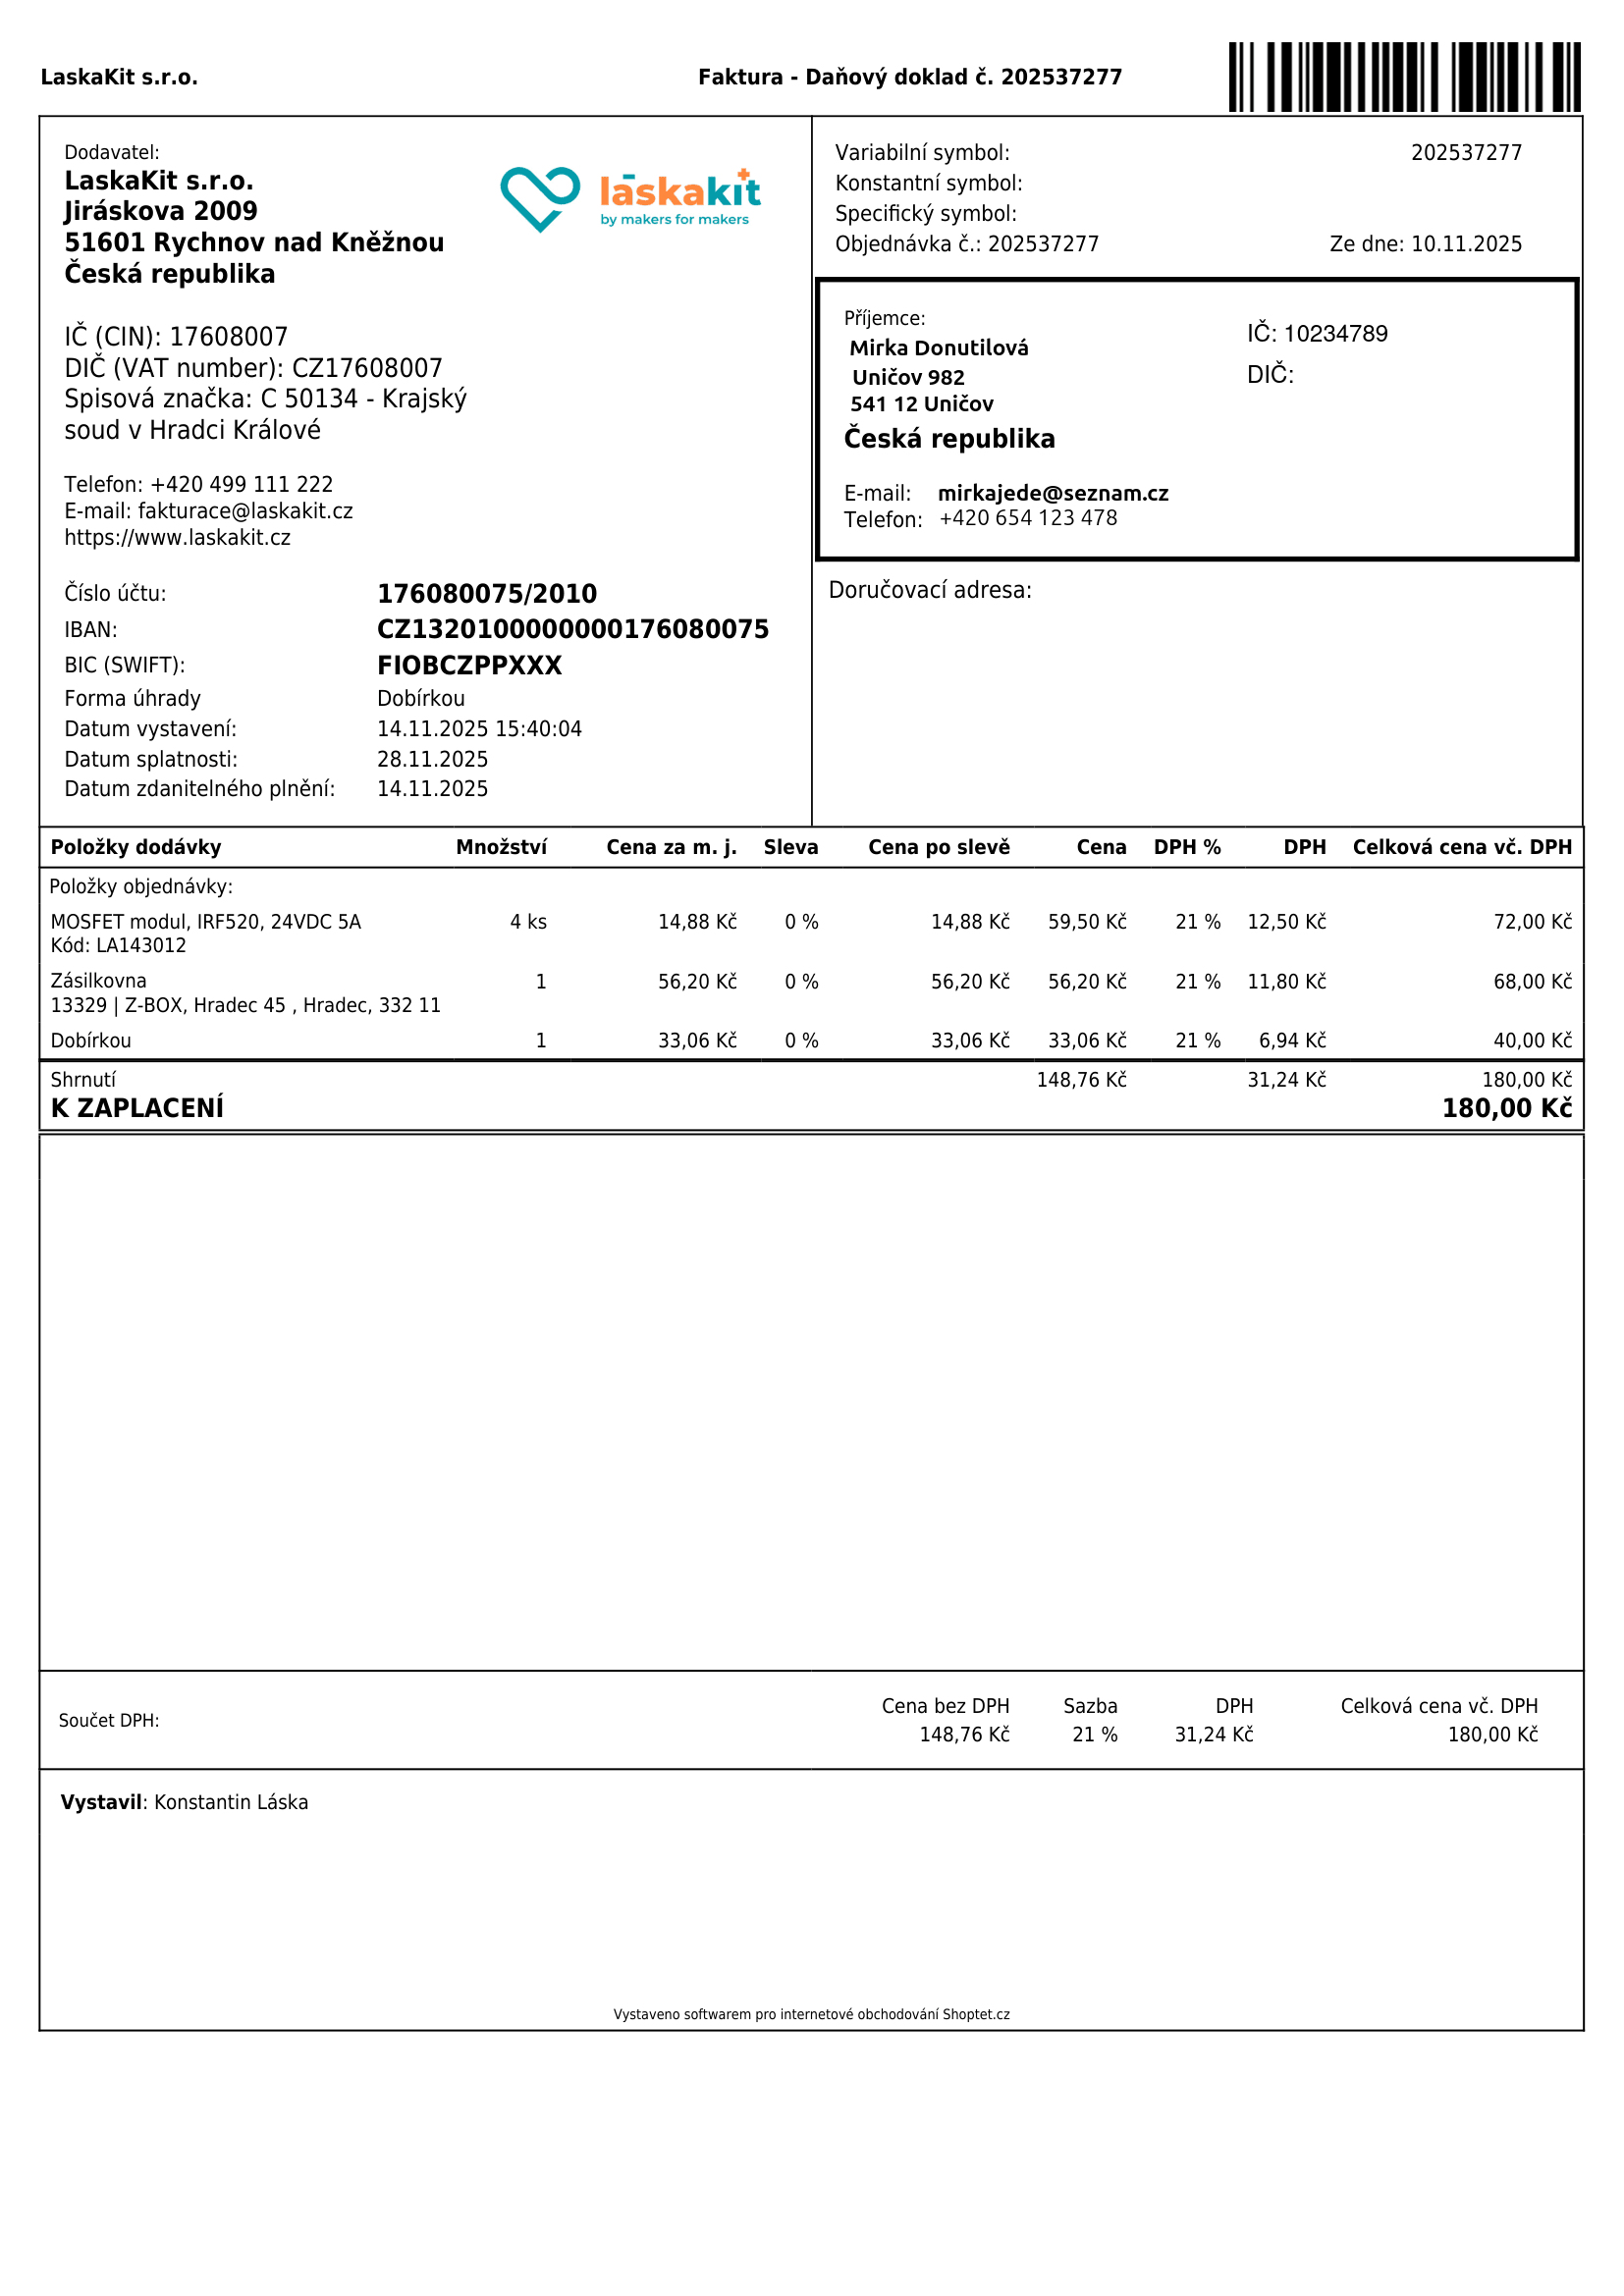
invoice_number: 202537277
supp_register_id: 17608007
supp_tax_id: CZ17608007
cust_register_id: 10234789
issue_date: 14.11.2025
taxable_supply_date: 14.11.2025
due_date: 28.11.2025
payment_type: Dobírkou
bank_account_number: 176080075/2010
iban: CZ1320100000000176080075
bic: FIOBCZPPXXX
variable_symbol: 202537277
total: 180,00